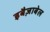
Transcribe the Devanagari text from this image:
इबैज़ाबेल